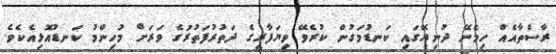
ރާސްތާއެއް ހިމެނޭ ދުނިޔޭގައި ކަނޑުމަގުން ކުރެވޭ ވިޔަފާރީގެ ދަތުރުފަތުރުގެ ވަރަށް މުހިންމު ކަނޑުއޮޅިއެކެވެ.